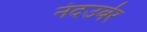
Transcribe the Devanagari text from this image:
नंदउर्बर